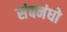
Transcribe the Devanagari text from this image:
संबनंधो